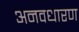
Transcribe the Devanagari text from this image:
अनवधारण